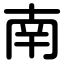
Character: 南